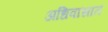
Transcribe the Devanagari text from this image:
अधिवासात